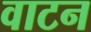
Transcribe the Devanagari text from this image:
वाटन